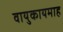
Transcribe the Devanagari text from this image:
वायुकायमाह